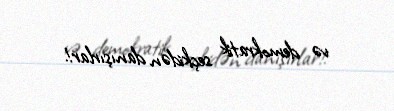
və demokratik seçkidən danışırlar!.